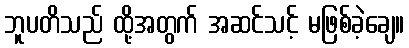
ဘူပတိသည် ထို့အတွက် အဆင်သင့် မဖြစ်ခဲ့ချေ။